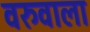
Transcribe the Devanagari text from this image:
वरुवाला